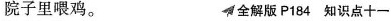
院子里喂鸡。 全解版P184知识点十一